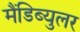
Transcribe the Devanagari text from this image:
मैंडिब्युलर